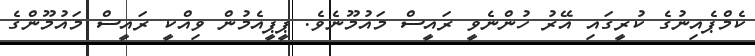
ކެމްޕެއިނުގެ ކުރީގައި އޭރު ހުންނެވީ ރައީސް މައުމޫނެވެ. ޕީޕީއެމުން ވިއްކީ ރައީސް މައުމޫންގެ